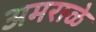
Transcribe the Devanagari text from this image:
अमराळे